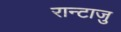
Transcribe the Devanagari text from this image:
रान्टाजु